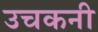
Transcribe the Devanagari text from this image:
उचकनी